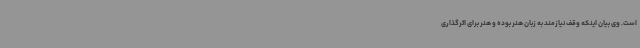
است. وی بیان اینکه وقف نیازمند به زبان هنر بوده و هنر برای اثرگذاری